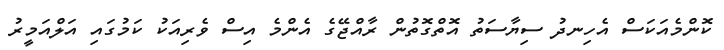
ކޮންމެއަކަސް އެހިނދު ސިޔާސަތު އޮތްގޮތުން ރާއްޖޭގެ އެންމެ އިސް ވެރިއަކު ކަމުގައި އަލްއަމީރު